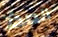
الصدأ